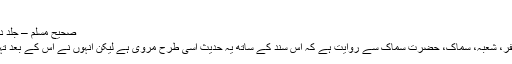
میں نے عرض کیا مجھے……
صحیح مسلم – جلد دوم – وصیت کا بیان – حدیث 1720
محمد بن مثنی، ابن بشار، محمد بن جعفر، شعبہ، سماک، حضرت سماک سے روایت ہے کہ اس سند کے ساتھ یہ حدیث اسی طرح مروی ہے لیکن انہوں نے اس کے بعد تہائی جائز ہوگیا کو ذکر نہیں کیا……